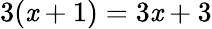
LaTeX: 3(\mathit{x}+1)=3\mathit{x}+3